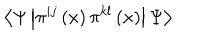
\left\langle \Psi \left| \pi ^ { i j } \left( x \right) \pi ^ { k l } \left( x \right) \right| \Psi \right\rangle